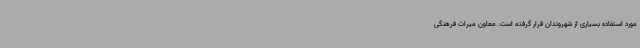
مورد استفاده بسیاری از شهروندان قرار گرفته است. معاون میراث فرهنگی